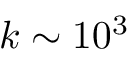
k \sim 1 0 ^ { 3 }